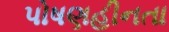
પોષણહીનતા